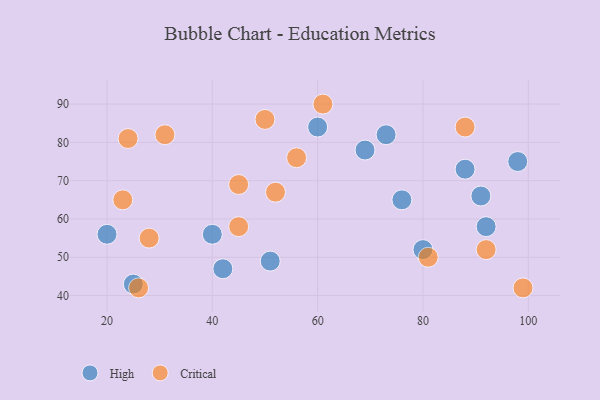
{"axis": {"x": "GDP", "y": "Life Expectancy"}, "legend": ["Critical", "High"], "data": [{"x": "51", "y": 49, "type": "High"}, {"x": "76", "y": 65, "type": "High"}, {"x": "60", "y": 84, "type": "High"}, {"x": "88", "y": 73, "type": "High"}, {"x": "20", "y": 56, "type": "High"}, {"x": "92", "y": 58, "type": "High"}, {"x": "98", "y": 75, "type": "High"}, {"x": "73", "y": 82, "type": "High"}, {"x": "80", "y": 52, "type": "High"}, {"x": "42", "y": 47, "type": "High"}, {"x": "40", "y": 56, "type": "High"}, {"x": "91", "y": 66, "type": "High"}, {"x": "69", "y": 78, "type": "High"}, {"x": "25", "y": 43, "type": "High"}, {"x": "45", "y": 58, "type": "Critical"}, {"x": "88", "y": 84, "type": "Critical"}, {"x": "28", "y": 55, "type": "Critical"}, {"x": "50", "y": 86, "type": "Critical"}, {"x": "92", "y": 52, "type": "Critical"}, {"x": "81", "y": 50, "type": "Critical"}, {"x": "52", "y": 67, "type": "Critical"}, {"x": "26", "y": 42, "type": "Critical"}, {"x": "56", "y": 76, "type": "Critical"}, {"x": "31", "y": 82, "type": "Critical"}, {"x": "61", "y": 90, "type": "Critical"}, {"x": "45", "y": 69, "type": "Critical"}, {"x": "24", "y": 81, "type": "Critical"}, {"x": "23", "y": 65, "type": "Critical"}, {"x": "99", "y": 42, "type": "Critical"}]}